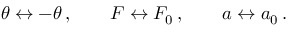
\theta \leftrightarrow - \theta \, , \qquad F \leftrightarrow F _ { 0 } \, , \qquad a \leftrightarrow a _ { 0 } \, .